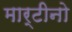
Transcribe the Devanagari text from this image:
मार्टीनो